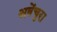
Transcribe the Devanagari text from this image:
अवेंचुरा